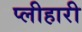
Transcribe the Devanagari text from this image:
प्लीहारी